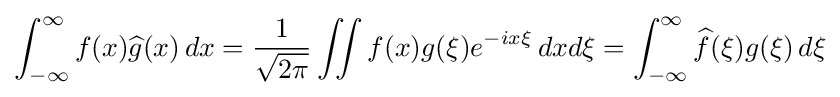
\int _{-\infty }^{\infty }f(x){\widehat {g}}(x)\,dx={1 \over {\sqrt {2\pi }}}\iint f(x)g(\xi )e^{-ix\xi }\,dxd\xi =\int _{-\infty }^{\infty }{\widehat {f}}(\xi )g(\xi )\,d\xi